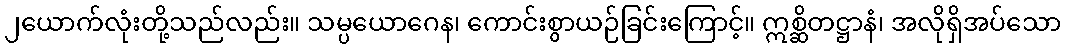
၂ယောက်လုံးတို့သည်လည်း။ သမ္ပယောဂေန၊ ကောင်းစွာယဉ်ခြင်းကြောင့်။ ဣစ္ဆိတဋ္ဌာနံ၊ အလိုရှိအပ်သော